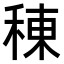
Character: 𫞸